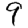
Digit: 9